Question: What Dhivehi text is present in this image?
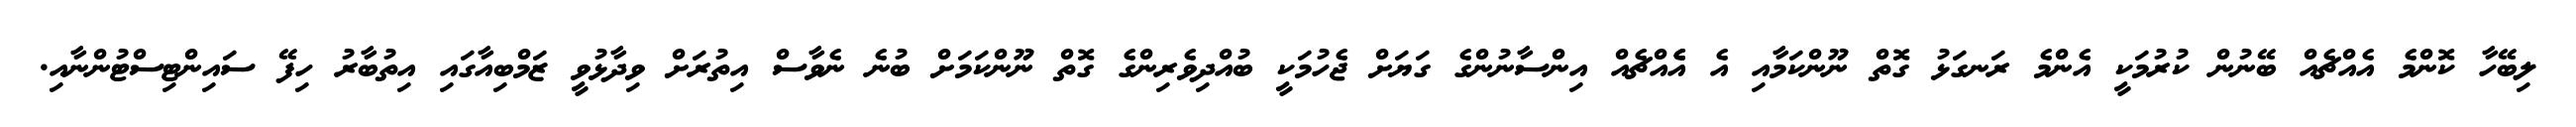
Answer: ލިބޭހާ ކޮންމެ އެއްޗެއް ބޭނުން ކުރުމަކީ އެންމެ ރަނގަޅު ގޮތް ނޫންކަމާއި އެ އެެއްޗެއް އިންސާނުންގެ ގަޔަށް ޖެހުމަކީ ބުއްދިވެރިންގެ ގޮތް ނޫންކަމަށް ބުނެ ނެވާސް އިތުރަށް ވިދާޅުވީ ޒަމްބިއާގައި އިތުބާރު ހިފޭ ސައިންޓިސްޓުންނާއި.